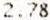
2.78